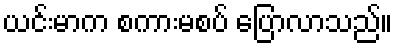
ယင်းမာက စကားမစပ် ပြောလာသည်။